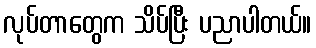
လုပ်တာတွေက သိပ်ပြီး ပညာပါတယ်။